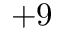
+ 9